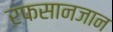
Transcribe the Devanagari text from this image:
रफसानजान